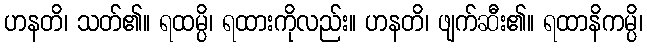
ဟနတိ၊ သတ်၏။ ရထမ္ပိ၊ ရထားကိုလည်း။ ဟနတိ၊ ဖျက်ဆီး၏။ ရထာနိကမ္ပိ၊